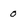
Character: 0